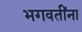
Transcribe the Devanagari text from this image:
भगवतींना